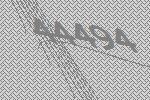
44494